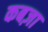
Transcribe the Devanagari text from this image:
कबज़ा